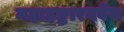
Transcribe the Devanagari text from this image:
महाहङ्कारगर्वेण